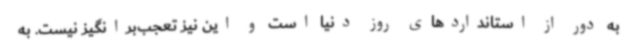
به دور از استانداردهای روز دنیا است و این نیز تعجب‌برانگیز نیست. به